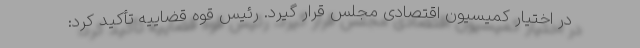
در اختیار کمیسیون اقتصادی مجلس قرار گیرد. رئیس قوه قضاییه تأکید کرد: